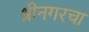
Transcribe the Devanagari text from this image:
श्रीनगरचा